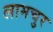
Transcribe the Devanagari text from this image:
लामचुर